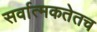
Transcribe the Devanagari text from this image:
सर्वात्मकतेतच